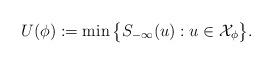
LaTeX: \begin{align*}U(\phi):= \min\big\{S_{-\infty}(u): u\in \mathcal{X}_\phi\big\}.\end{align*}